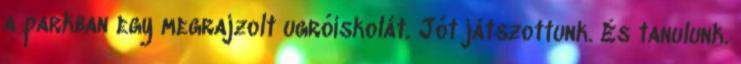
a parkban egy megrajzolt ugróiskolát. Jót játszottunk. És tanulunk.